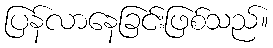
ပြန်လာနေခြင်းဖြစ်သည်။